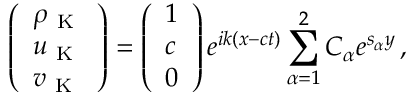
\left( \begin{array} { l } { \rho _ { \mathrm { ~ K ~ } } } \\ { u _ { \mathrm { ~ K ~ } } } \\ { v _ { \mathrm { ~ K ~ } } } \end{array} \right) = \left( \begin{array} { l } { 1 } \\ { c } \\ { 0 } \end{array} \right) e ^ { i k ( x - c t ) } \sum _ { \alpha = 1 } ^ { 2 } C _ { \alpha } e ^ { s _ { \alpha } y } \, ,